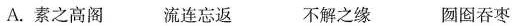
A.素之高阁 流连忘返 不解之缘 囫囵吞枣